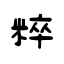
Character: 粹